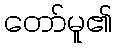
တော်မူ၏